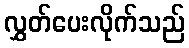
လွှတ်ပေးလိုက်သည်